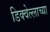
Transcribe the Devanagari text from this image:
डिक्वेल्लाच्या